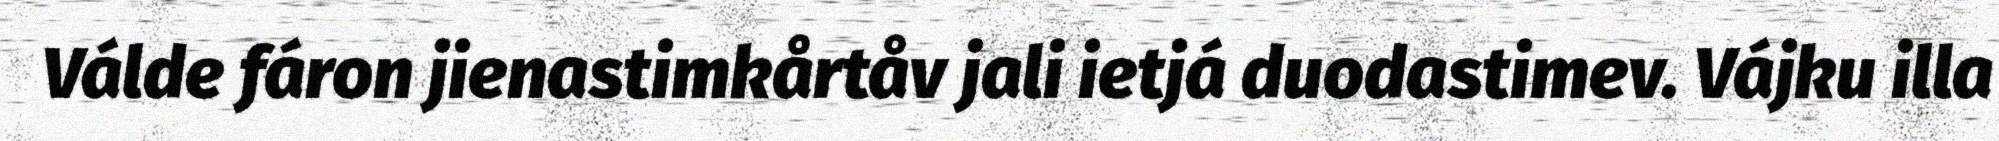
Válde fáron jienastimkårtåv jali ietjá duodastimev. Vájku illa